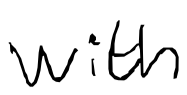
Text: with
Cross-out: clean
Writing tool: digital_black